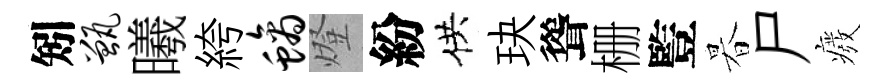
矧甑曦絝螭燈紛供玦聳栅䜿暮尸癈